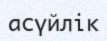
асүйлік